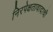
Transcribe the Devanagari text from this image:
निरपेक्षतावादाची